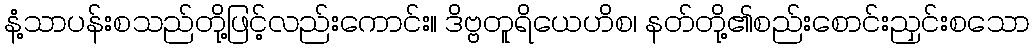
နံ့သာပန်းစသည်တို့ဖြင့်လည်းကောင်း။ ဒိဗ္ဗတူရိယေဟိစ၊ နတ်တို့၏စည်းစောင်းညှင်းစသော